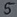
Text: 5